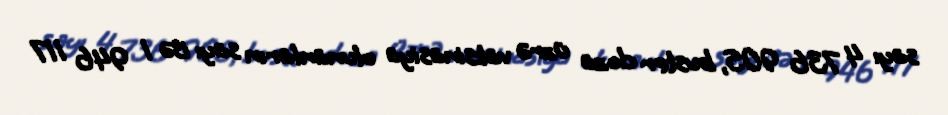
sayı 4 736 905, buster doza üzrə vaksinasiya olunanların sayı isə 1 946 117